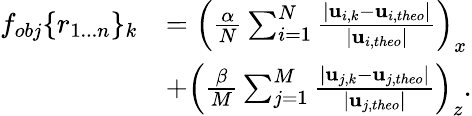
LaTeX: \begin{array}{rl}{f_{obj}\lbrace r_{1...n}\rbrace_{k}}&{=\left(\frac{\alpha}{N}\sum_{i=1}^{N}\frac{\lvert{\mathbf{u}}_{i,k}-{\mathbf{u}}_{i,theo}\rvert}{\lvert{\mathbf{u}}_{i,theo}\rvert}\right)_{x}}\\ &{+\left(\frac{\beta}{M}\sum_{j=1}^{M}\frac{\lvert{\mathbf{u}}_{j,k}-{\mathbf{u}}_{j,theo}\rvert}{\lvert{\mathbf{u}}_{j,theo}\rvert}\right)_{z}.}\end{array}